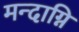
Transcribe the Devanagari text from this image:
मन्‍दाग्नि